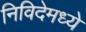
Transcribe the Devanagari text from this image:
निविदेमध्ये